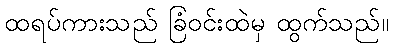
ထရပ်ကားသည် ခြံဝင်းထဲမှ ထွက်သည်။